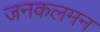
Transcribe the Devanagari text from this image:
जनकलमन